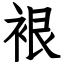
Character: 裉